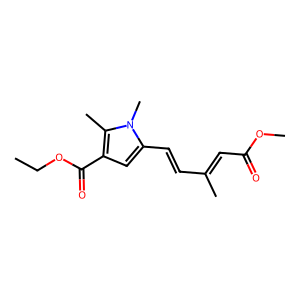
SMILES: CCOC(=O)c1cc(C=CC(C)=CC(=O)OC)n(C)c1C
Inhibits HIV replication: No